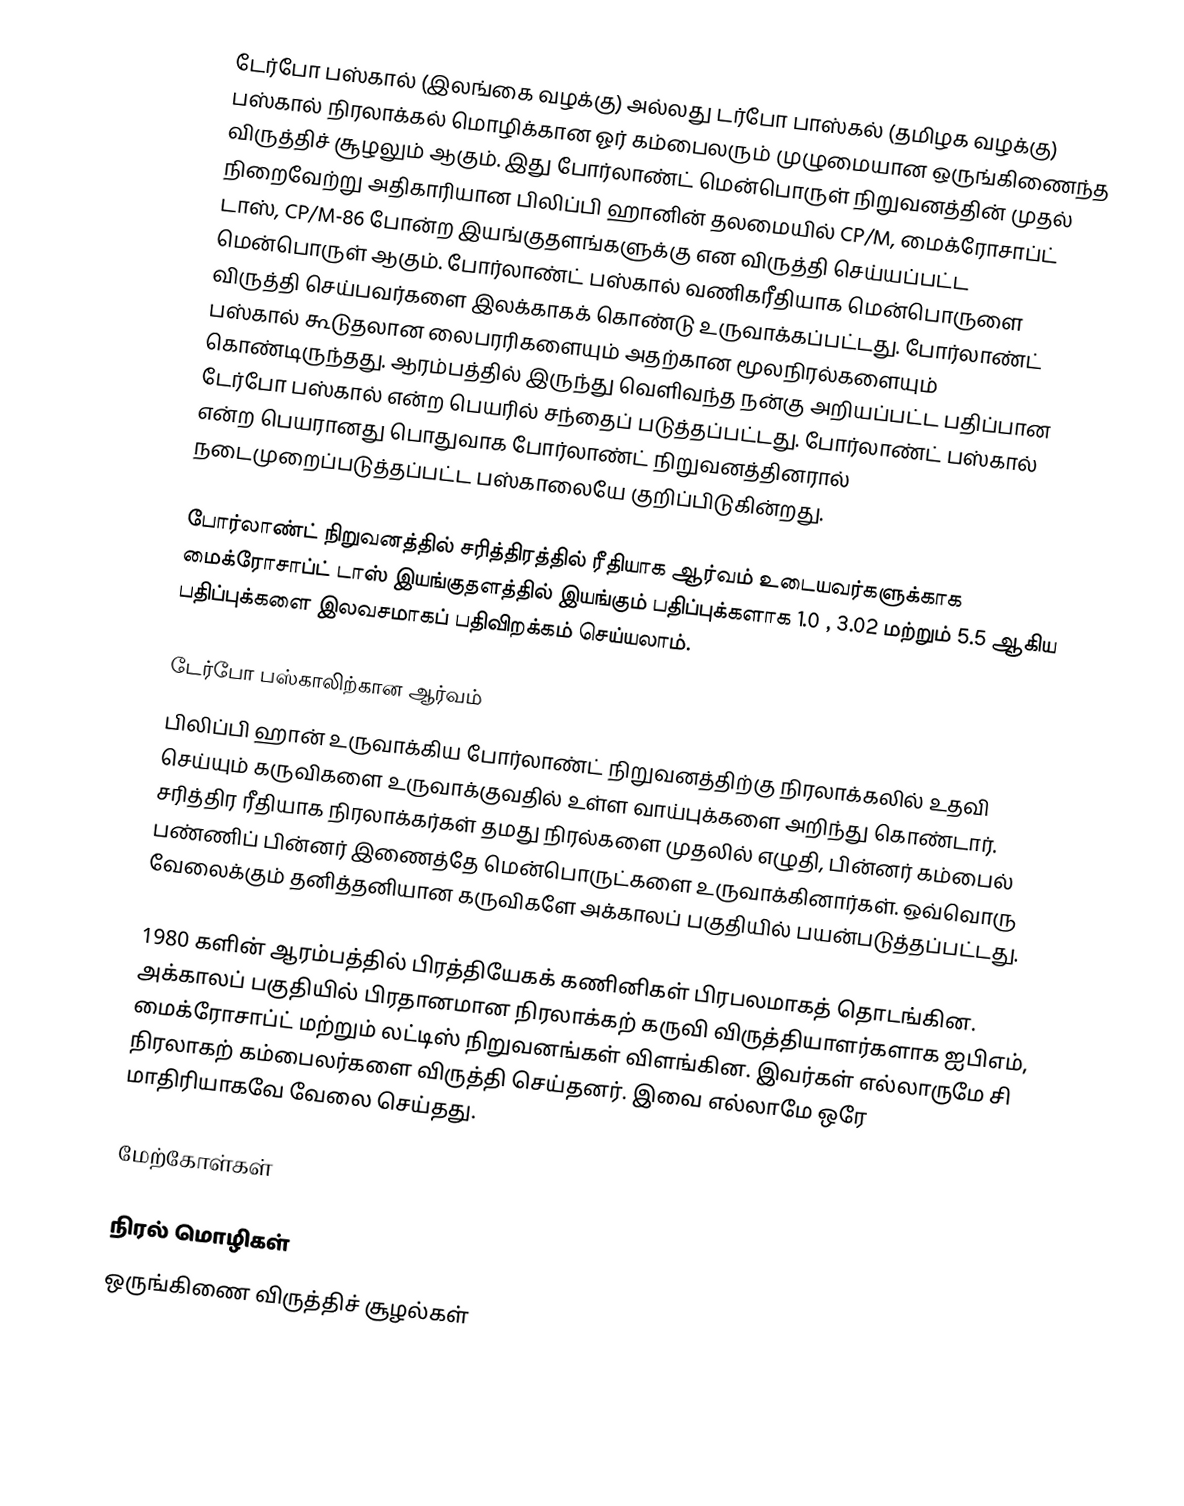
டேர்போ பஸ்கால் (இலங்கை வழக்கு) அல்லது டர்போ பாஸ்கல் (தமிழக வழக்கு) பஸ்கால் நிரலாக்கல் மொழிக்கான ஓர் கம்பைலரும் முழுமையான ஒருங்கிணைந்த விருத்திச் சூழலும் ஆகும். இது போர்லாண்ட் மென்பொருள் நிறுவனத்தின் முதல் நிறைவேற்று அதிகாரியான பிலிப்பி ஹானின் தலமையில் CP/M, மைக்ரோசாப்ட் டாஸ், CP/M-86 போன்ற இயங்குதளங்களுக்கு என விருத்தி செய்யப்பட்ட மென்பொருள் ஆகும். போர்லாண்ட் பஸ்கால் வணிகரீதியாக மென்பொருளை விருத்தி செய்பவர்களை இலக்காகக் கொண்டு உருவாக்கப்பட்டது. போர்லாண்ட் பஸ்கால் கூடுதலான லைபரரிகளையும் அதற்கான மூலநிரல்களையும் கொண்டிருந்தது. ஆரம்பத்தில் இருந்து வெளிவந்த நன்கு அறியப்பட்ட பதிப்பான டேர்போ பஸ்கால் என்ற பெயரில் சந்தைப் படுத்தப்பட்டது. போர்லாண்ட் பஸ்கால் என்ற பெயரானது பொதுவாக போர்லாண்ட் நிறுவனத்தினரால் நடைமுறைப்படுத்தப்பட்ட பஸ்காலையே குறிப்பிடுகின்றது.

போர்லாண்ட் நிறுவனத்தில் சரித்திரத்தில் ரீதியாக ஆர்வம் உடையவர்களுக்காக மைக்ரோசாப்ட் டாஸ் இயங்குதளத்தில் இயங்கும் பதிப்புக்களாக 1.0 , 3.02  மற்றும் 5.5  ஆகிய பதிப்புக்களை இலவசமாகப் பதிவிறக்கம் செய்யலாம்.

டேர்போ பஸ்காலிற்கான ஆர்வம்
பிலிப்பி ஹான் உருவாக்கிய போர்லாண்ட் நிறுவனத்திற்கு நிரலாக்கலில் உதவி செய்யும் கருவிகளை உருவாக்குவதில் உள்ள வாய்புக்களை அறிந்து கொண்டார். சரித்திர ரீதியாக நிரலாக்கர்கள் தமது நிரல்களை முதலில் எழுதி, பின்னர் கம்பைல் பண்ணிப் பின்னர் இணைத்தே மென்பொருட்களை உருவாக்கினார்கள். ஒவ்வொரு வேலைக்கும் தனித்தனியான கருவிகளே அக்காலப் பகுதியில் பயன்படுத்தப்பட்டது.

1980 களின் ஆரம்பத்தில் பிரத்தியேகக் கணினிகள் பிரபலமாகத் தொடங்கின. அக்காலப் பகுதியில் பிரதானமான நிரலாக்கற் கருவி விருத்தியாளர்களாக ஐபிஎம், மைக்ரோசாப்ட் மற்றும் லட்டிஸ் நிறுவனங்கள் விளங்கின. இவர்கள் எல்லாருமே சி நிரலாகற் கம்பைலர்களை விருத்தி செய்தனர்.  இவை எல்லாமே ஒரே மாதிரியாகவே வேலை செய்தது.

மேற்கோள்கள்

நிரல் மொழிகள்
ஒருங்கிணை விருத்திச் சூழல்கள்